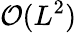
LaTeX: \mathcal{O}(L^{2})